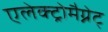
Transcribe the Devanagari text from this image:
एलेक्ट्रोमैग्नेट्